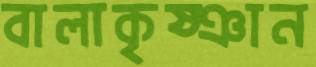
বালাকৃষ্ঞান